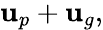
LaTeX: \begin{array}{r}{{\mathbf u}_{p}+{\mathbf u}_{g},}\end{array}